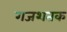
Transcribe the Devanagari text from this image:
गजशतक